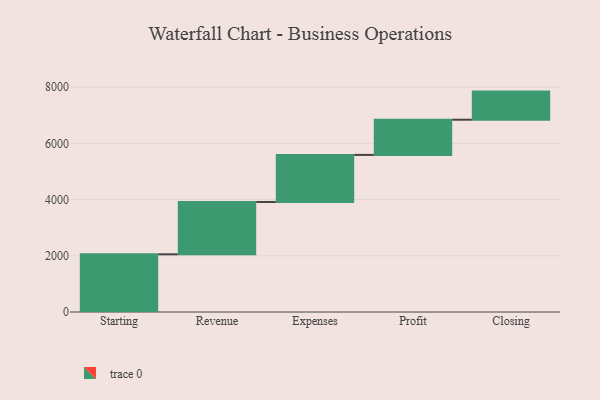
{"axis": {"x": "Step", "y": "Value"}, "legend": [""], "data": [{"x": "Starting", "y": 2052.0, "type": ""}, {"x": "Revenue", "y": 1862.0, "type": ""}, {"x": "Expenses", "y": 1674.0, "type": ""}, {"x": "Profit", "y": 1252.0, "type": ""}, {"x": "Closing", "y": 1000, "type": ""}]}